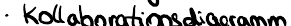
- Kollaborationsdiagramm